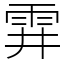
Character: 䨍